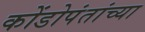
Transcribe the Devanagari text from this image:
कोंडोपंतांच्या